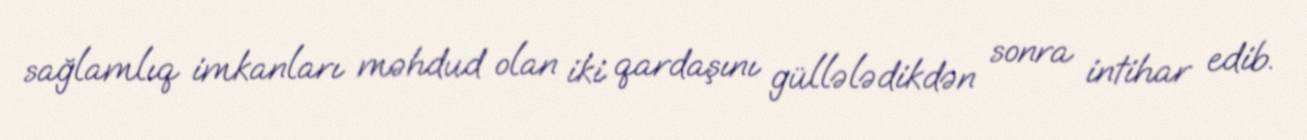
sağlamlıq imkanları məhdud olan iki qardaşını güllələdikdən sonra intihar edib.